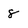
Character: 8